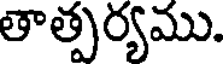
తాత్పర్యము.